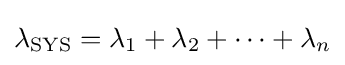
\lambda _{\text{SYS}}=\lambda _{1}+\lambda _{2}+\cdots +\lambda _{n}